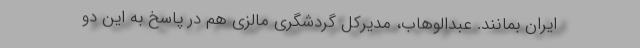
ایران بمانند. عبدالوهاب، مدیرکل گردشگری مالزی هم در پاسخ به این دو